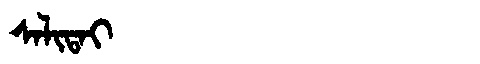
Manchu: ᠰᠠᠯᡳᡨᠠᡳ
Romanization: SALITAI